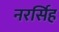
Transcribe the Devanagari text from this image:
नरर्सिह